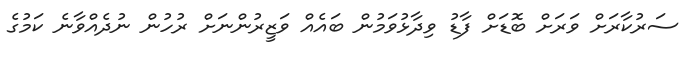
ސަރުކާރަށް ވަރަށް ބޮޑަށް ފާޑު ވިދާޅުވަމުން ބައެއް ވަޒީރުންނަށް ރުހުން ނުދެއްވާނެ ކަމުގެ